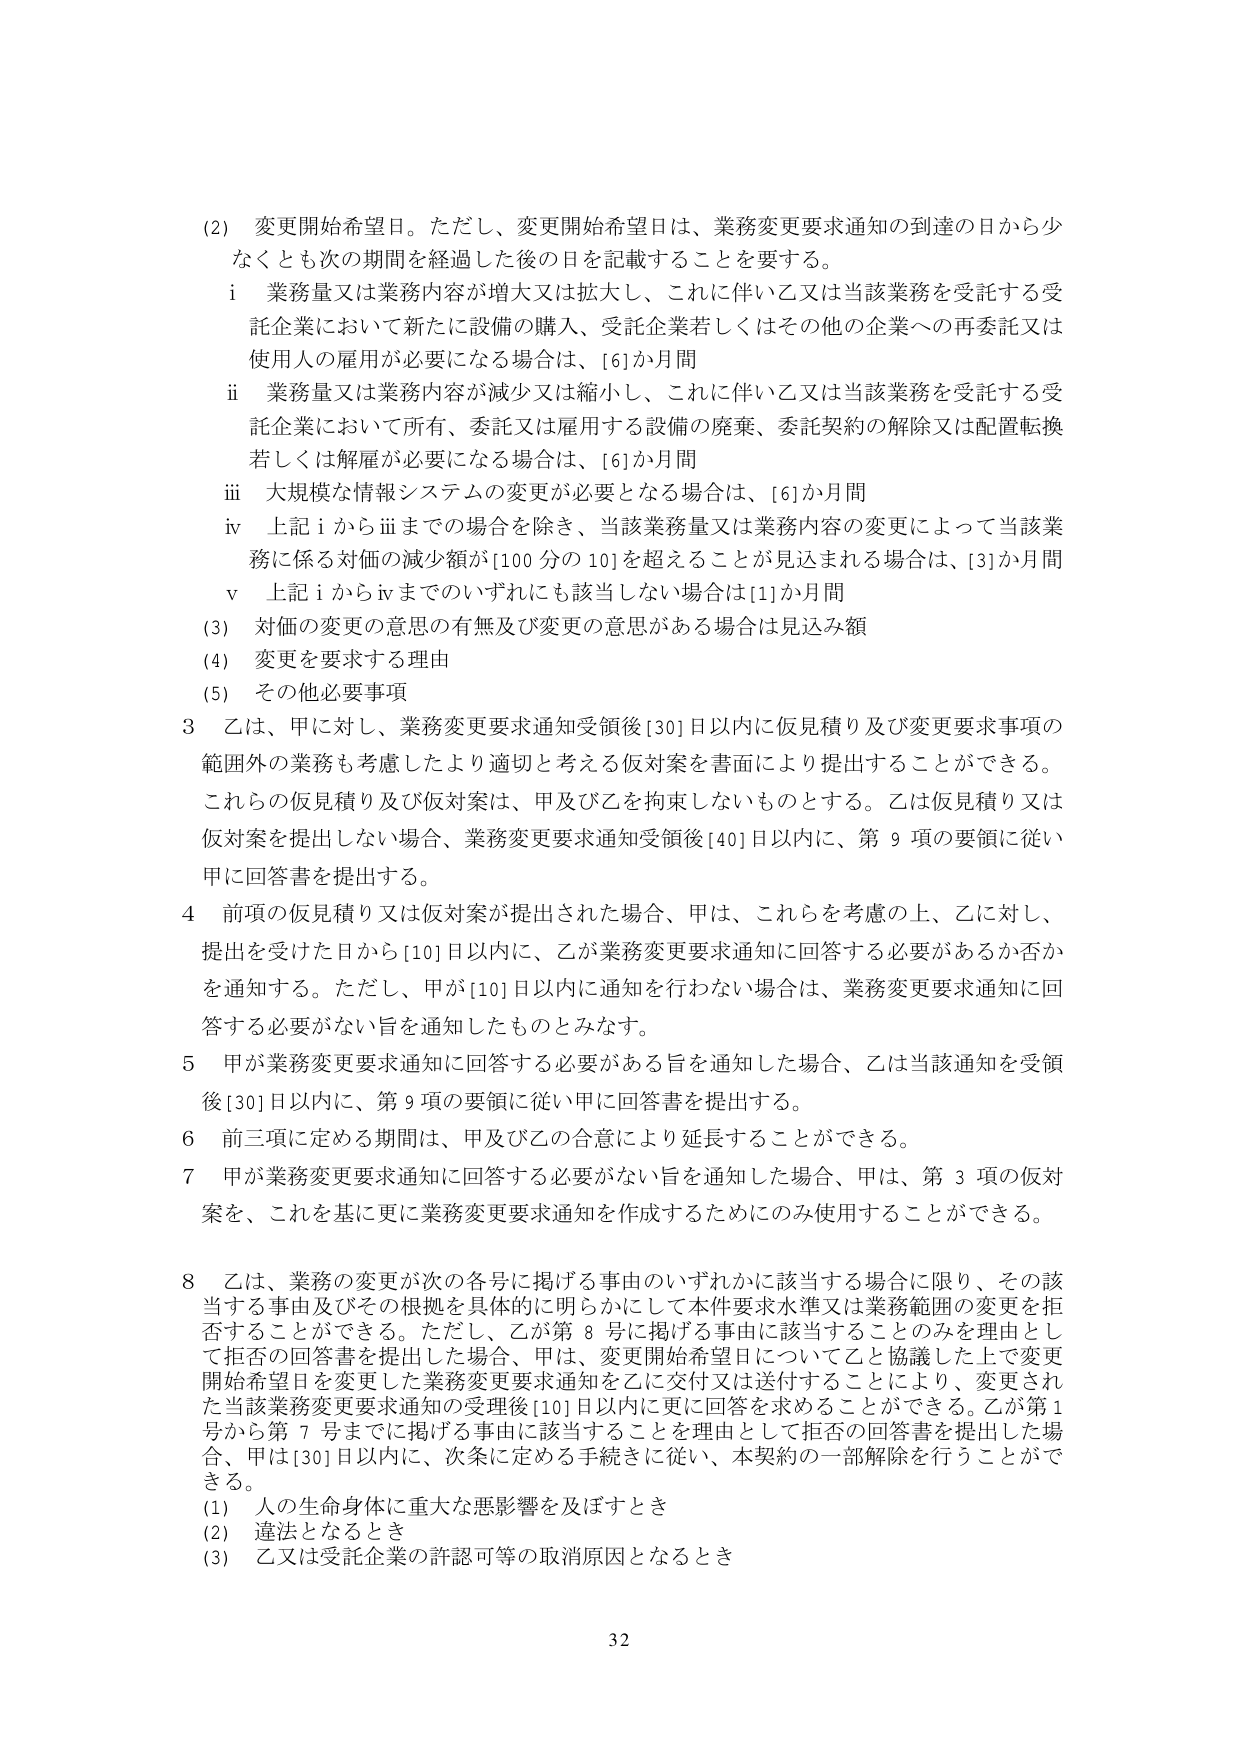
(2) 変更開始希望日。ただし、変更開始希望日は、業務変更要求通知の到達の日から少なくとも次の期間を経過した後の日を記載することを要する。
i 業務量又は業務内容が増大又は拡大し、これに伴い乙又は当該業務を受託する受託企業において新たに設備の購入、受託企業若しくはその他の企業への再委託又は使用人の雇用が必要になる場合は、[6]か月間
ii 業務量又は業務内容が減少又は縮小し、これに伴い乙又は当該業務を受託する受託企業において所有、委託又は雇用する設備の廃棄、委託契約の解除又は配置転換若しくは解雇が必要になる場合は、[6]か月間
iii 大規模な情報システムの変更が必要となる場合は、[6]か月間
iv 上記 i から iii までの場合を除き、当該業務量又は業務内容の変更によって当該業務に係る対価の減少額が[100分の10]を超えることが見込まれる場合は、[3]か月間
v 上記 i から iv までのいずれにも該当しない場合は[1]か月間
(3) 対価の変更の意思の有無及び変更の意思がある場合は見込み額
(4) 変更を要求する理由
(5) その他必要事項

3 乙は、甲に対し、業務変更要求通知受領後[30]日以内に仮見積り及び変更要求事項の範囲外の業務も考慮したより適切と考える仮対案を書面により提出することができる。これらの仮見積り及び仮対案は、甲及び乙を拘束しないものとする。乙は仮見積り又は仮対案を提出しない場合、業務変更要求通知受領後[40]日以内に、第9項の要領に従い甲に回答書を提出する。

4 前項の仮見積り又は仮対案が提出された場合、甲は、これらを考慮の上、乙に対し、提出を受けた日から[10]日以内に、乙が業務変更要求通知に回答する必要があるか否かを通知する。ただし、甲が[10]日以内に通知を行わない場合は、業務変更要求通知に回答する必要がない旨を通知したものとみなす。

5 甲が業務変更要求通知に回答する必要がある旨を通知した場合、乙は当該通知を受領後[30]日以内に、第9項の要領に従い甲に回答書を提出する。

6 前三項に定める期間は、甲及び乙の合意により延長することができる。

7 甲が業務変更要求通知に回答する必要がない旨を通知した場合、甲は、第3項の仮対案を、これを基に更に業務変更要求通知を作成するためにのみ使用することができる。

8 乙は、業務の変更が次の各号に掲げる事由のいずれかに該当する場合に限り、その該当する事由及びその根拠を具体的に明らかにして本件要求水準又は業務範囲の変更を拒否することができる。ただし、乙が第8号に掲げる事由に該当することのみを理由として拒否の回答書を提出した場合、甲は、変更開始希望日について乙と協議した上で変更開始希望日を変更した業務変更要求通知を乙に交付又は送付することにより、変更された当該業務変更要求通知の受理後[10]日以内に更に回答を求めることができる。乙が第1号から第7号までに掲げる事由に該当することを理由として拒否の回答書を提出した場合、甲は[30]日以内に、次条に定める手続きに従い、本契約の一部解除を行うことができる。
(1) 人の生命身体に重大な悪影響を及ぼすとき
(2) 違法となるとき
(3) 乙又は受託企業の許認可等の取消原因となるとき

32